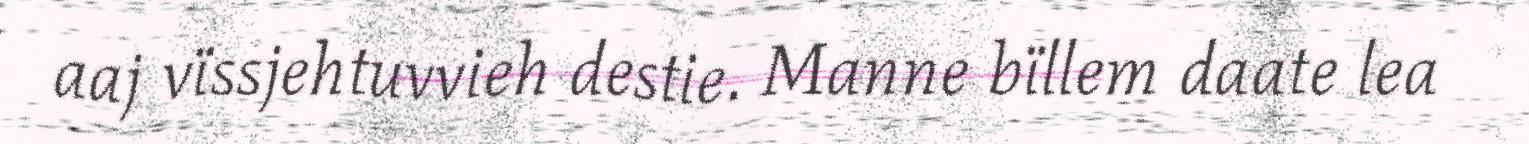
aaj vïssjehtuvvieh destie. Manne bïllem daate lea